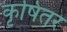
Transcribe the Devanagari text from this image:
कृषितर